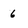
Character: 6